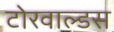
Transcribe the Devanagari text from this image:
टोरवाल्डस